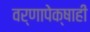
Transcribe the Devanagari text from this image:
वर्णापेक्षाही